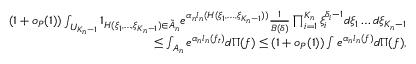
\begin{array} { r } { ( 1 + o _ { P } ( 1 ) ) \int _ { U _ { K _ { n } - 1 } } 1 _ { H ( \xi _ { 1 } , \dots , \xi _ { K _ { n } - 1 } ) \in \tilde { A } _ { n } } e ^ { \alpha _ { n } l _ { n } ( H ( \xi _ { 1 } , \dots , \xi _ { K _ { n } - 1 } ) ) } \frac { 1 } { B ( \delta ) } \prod _ { i = 1 } ^ { K _ { n } } \xi _ { i } ^ { \delta _ { i } - 1 } d \xi _ { 1 } \dots d \xi _ { K _ { n } - 1 } } \\ { \leq \int _ { A _ { n } } e ^ { \alpha _ { n } l _ { n } ( f _ { t } ) } d \Pi ( f ) \leq ( 1 + o _ { P } ( 1 ) ) \int e ^ { \alpha _ { n } l _ { n } ( f ) } d \Pi ( f ) , } \end{array}